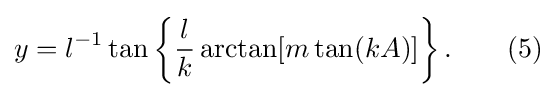
y=l^{-1}\tan \left\{{\frac {l}{k}}\arctan[m\tan(kA)]\right\}.\qquad (5)